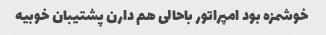
خوشمزه بود امپراتور باحالی هم دارن پشتیبان خوبیه